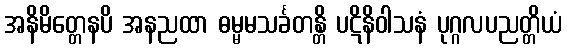
အနိမိတ္တေနပိ အနညထာ ဓမ္မမသင်္ခတန္တိ ပဋိနိဝါသနံ ပုဂ္ဂလပညတ္တိယံ